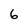
Character: 6